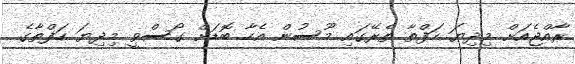
ރާއްޖެއަށް މިދިޔަ ހަފްތާ ތެރޭގައި މޫސުން އެހާ ބޮޑަށް ގޯސްވީ މިދިޔަ ހަފްތާގެ